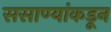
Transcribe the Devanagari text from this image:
ससाण्यांकडून